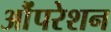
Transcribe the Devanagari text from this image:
औंपरेशन